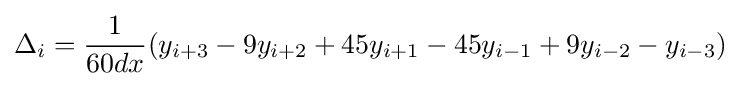
\Delta _{i}={\frac {1}{60dx}}(y_{i+3}-9y_{i+2}+45y_{i+1}-45y_{i-1}+9y_{i-2}-y_{i-3})